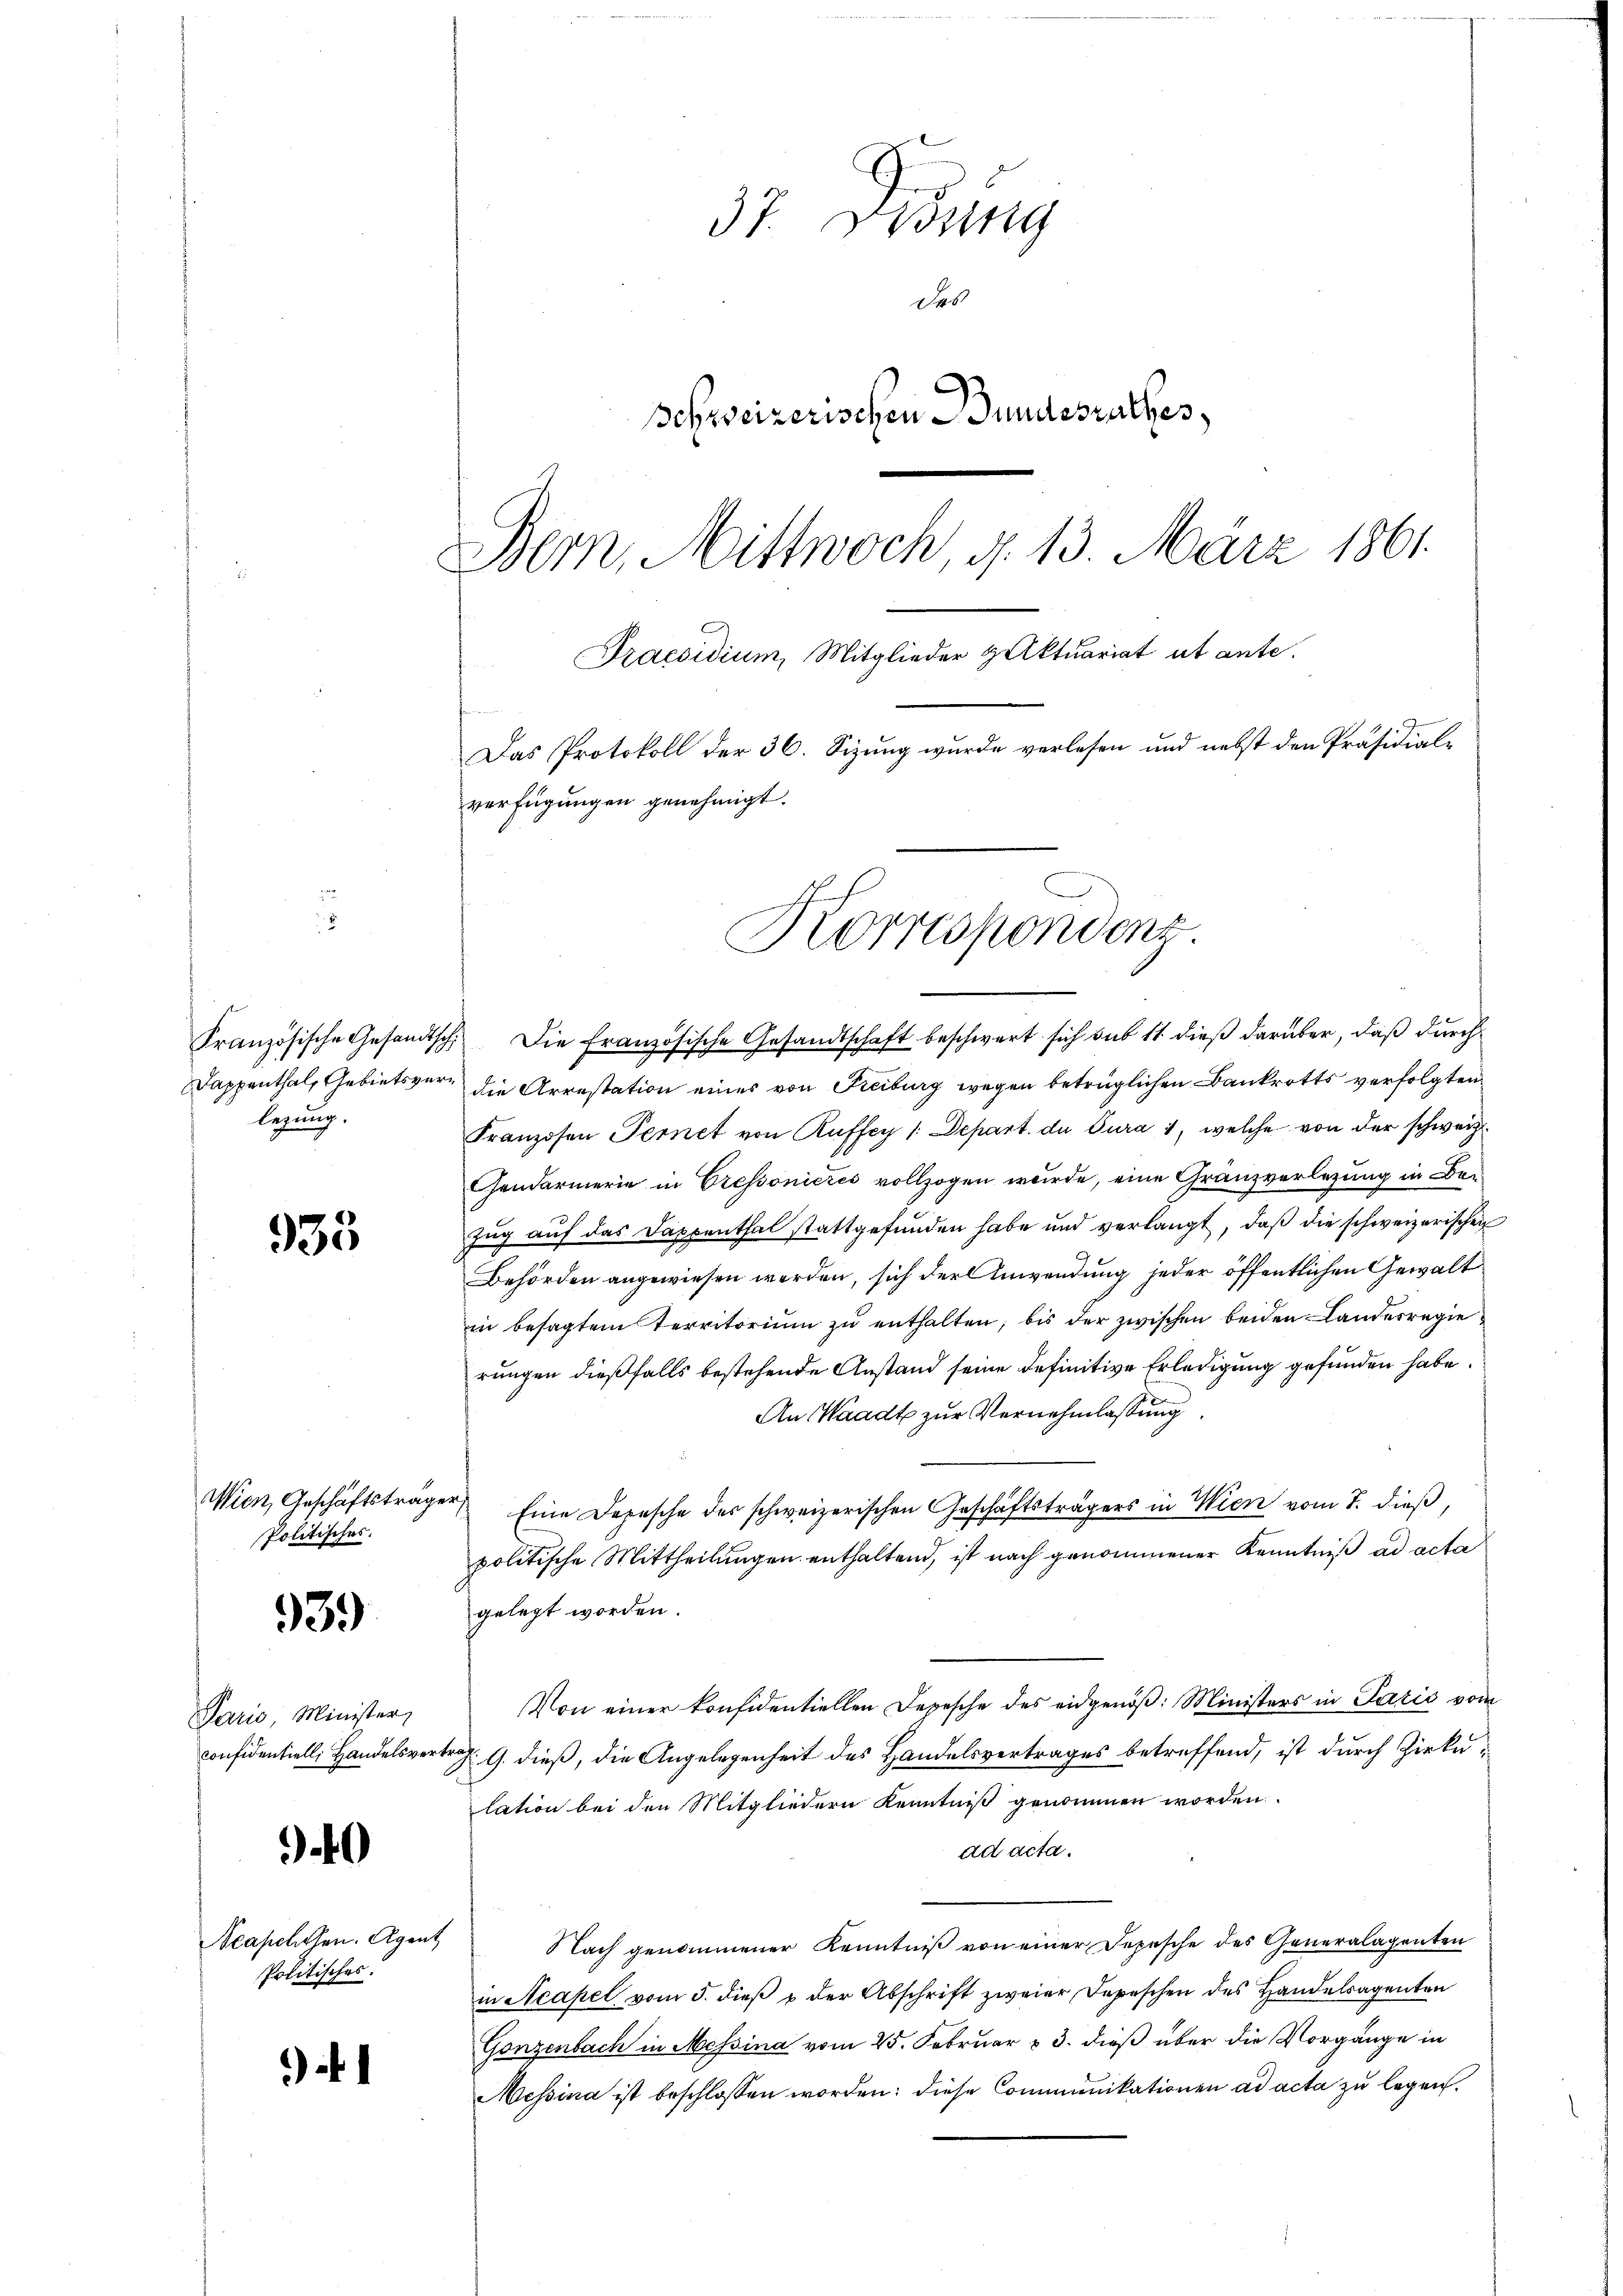
legung.

935

Wien, Geschäftsträger
Politisches.

939

Paris, Minister,

0

Neapellen. Agent
Politisches.

)

37. Didung
Des
C
schweizerischen Gundesrathes,
Bern, Mittwoch, d. 13. März 1861.
Praesidium, Mitglieder Huktuariat ut ante.
Das Protokoll der 36. Sizung wurde verlesen und nebst den Präsidialverfügungen genehmigt.
Korrespondenz.

Französische Gesandtsch. Die französische Gesandtschaft beschwert sich sub 11 dieß darüber, daß durch
Dappenthal, Gebietsvere die Arrestation eines von Freiburg wegen betrüglichen Bankrotts verfolgten
Franzosen Fernet von Ruffey 1. Depart. die Cura 1, welche von der schweiz.
Gendarmerie in Cressonieres vollzogen wurde, eine Gränzvorlegung in Be-
zug auf das Dappenthal stattgefunden habe und verlangt, daß die schweizerischen
Behörden angewiesen werden, sich der Anwendung jeder öffentlichen Gewalt
in besagtem Territoriŭm zŭ enthalten, bis der zwischen beiden Landesregierungen dießfalls bestehende Anstand seine definitive Erledigung gefunden habe.
An Waadt zur Vernehmlassung.
Eine Depesche des schweizerischen Geschäftsträgers in Wien vom 7. dieß,
politische Mittheilungen enthaltend, ist nach genommener Kenntniß ad acta
gelegt worden.
Von einer konfidentiellen Depesche des eidgenöß: Ministers in Paris vom
confidentiell Handelsvertrag. 9. dieß, die Angelegenheit des Handelsvertrages betreffend, ist durch Zirkulation bei den Mitgliedern Kenntniß genommen worden.
ad acta.
Nach genommener Kenntniß von einer Depesche des Generalagenten
in Neapel vom 5. dieβ u der Abschrift zweier Depeschen des Handelsagenten
Gonzenbach in Messina vom 25. Februar v. 3. dieß über die Vorgänge in
Messina ist beschlossen worden: diese Communikationen ad acta zu legen.